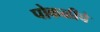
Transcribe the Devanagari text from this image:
पोकळीचे